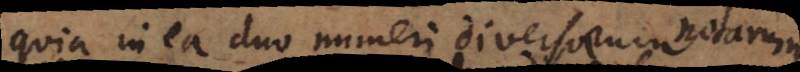
quia in ea duo numeri diversorum signoru